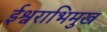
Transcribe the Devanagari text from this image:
ईश्वराभिमुख